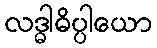
လဒ္ဓါဓိပ္ပါယော